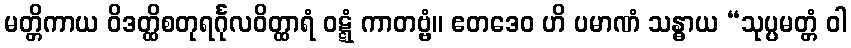
မတ္တိကာယ ဝိဒတ္ထိစတုရင်္ဂုလဝိတ္ထာရံ ဝဋ္ဋံ ကာတဗ္ဗံ။ ဧတဒေဝ ဟိ ပမာဏံ သန္ဓာယ “သုပ္ပမတ္တံ ဝါ